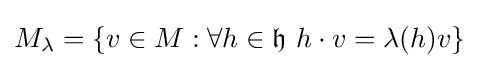
M_{\lambda }=\{v\in M:\forall h\in {\mathfrak {h}}\,\,h\cdot v=\lambda (h)v\}